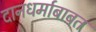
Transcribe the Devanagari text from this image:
दानधर्माबाबत